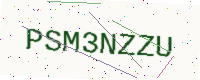
Text: PSM3NZZU